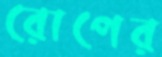
রোপের